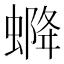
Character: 𧌰